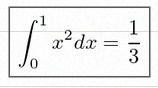
\int_0^1 x^2dx=\frac13